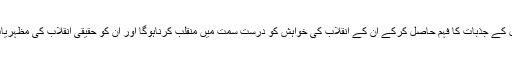
ہمیں اس امنگوں بھری نوجوان نسل کے جذبات کا فہم حاصل کرکے ان کے انقلاب کی خواہش کو درست سمت میں منقلب کرناہوگا اور ان کو حقیقی انقلاب کی مظہریات اور حرکیات سے آشنا کرناہوگا۔